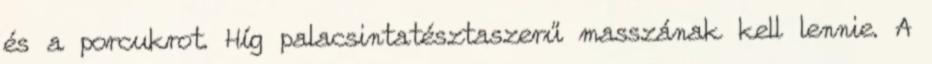
és a porcukrot. Híg palacsintatésztaszerű masszának kell lennie. A